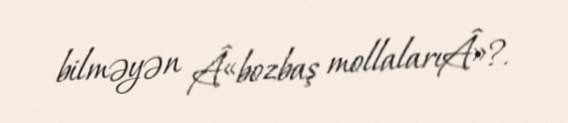
bilməyən Â«bozbaş mollalarıÂ»?.